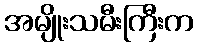
အမျိုးသမီးကြီးက